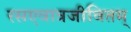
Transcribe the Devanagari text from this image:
रसएवात्रजीवितम्